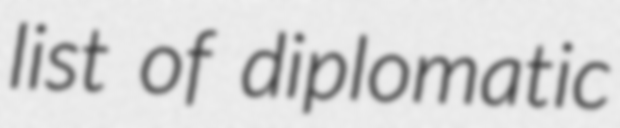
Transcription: list of diplomatic